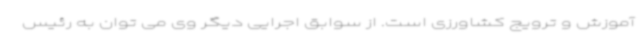
آموزش و ترویج کشاورزی است. از سوابق اجرایی دیگر وی می توان به رئیس